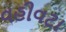
વહીવટા